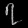
Digit: ၇